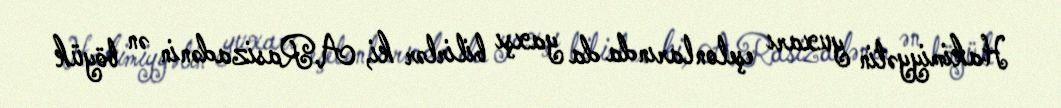
Hakimiyyətin yuxarı eşelonlarında da yaxşı bilirlər ki, A.Rasizadənin ən böyük